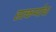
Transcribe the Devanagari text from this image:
सत्कर्म्याचा